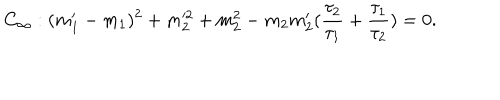
C _ { \infty } : ( m _ { 1 } ^ { \prime } - m _ { 1 } ) ^ { 2 } + m _ { 2 } ^ { 2 } + m _ { 2 } ^ { 2 } - m _ { 2 } m _ { 2 } ^ { \prime } ( \frac { \tau _ { 2 } } { \tau _ { 1 } } + \frac { \tau _ { 1 } } { \tau _ { 2 } } ) = 0 .